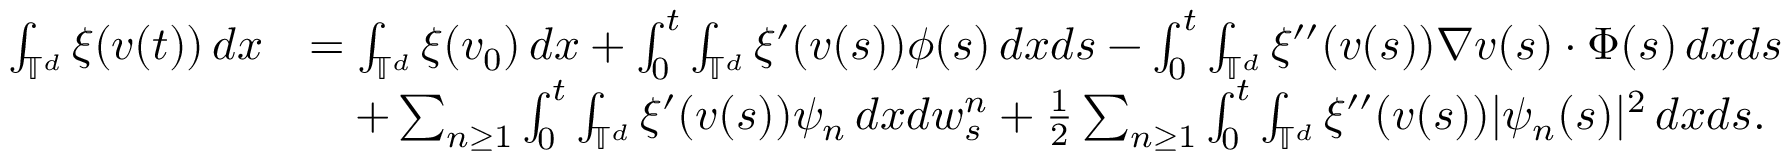
\begin{array} { r l } { \int _ { \mathbb { T } ^ { d } } \xi ( v ( t ) ) \, d x } & { = \int _ { \mathbb { T } ^ { d } } \xi ( v _ { 0 } ) \, d x + \int _ { 0 } ^ { t } \int _ { \mathbb { T } ^ { d } } \xi ^ { \prime } ( v ( s ) ) \phi ( s ) \, d x d s - \int _ { 0 } ^ { t } \int _ { \mathbb { T } ^ { d } } \xi ^ { \prime \prime } ( v ( s ) ) \nabla v ( s ) \cdot \Phi ( s ) \, d x d s } \\ & { \quad + \sum _ { n \geq 1 } \int _ { 0 } ^ { t } \int _ { \mathbb { T } ^ { d } } \xi ^ { \prime } ( v ( s ) ) \psi _ { n } \, d x d w _ { s } ^ { n } + \frac { 1 } { 2 } \sum _ { n \geq 1 } \int _ { 0 } ^ { t } \int _ { \mathbb { T } ^ { d } } \xi ^ { \prime \prime } ( v ( s ) ) | \psi _ { n } ( s ) | ^ { 2 } \, d x d s . } \end{array}